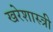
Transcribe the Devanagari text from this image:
खरेशास्त्री